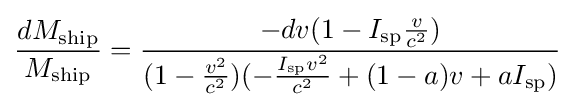
{\frac {dM_{\text{ship}}}{M_{\text{ship}}}}={\frac {-dv(1-I_{\text{sp}}{\frac {v}{c^{2}}})}{(1-{\frac {v^{2}}{c^{2}}})(-{\frac {I_{\text{sp}}v^{2}}{c^{2}}}+(1-a)v+aI_{\text{sp}})}}